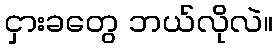
ငှားခတွေ ဘယ်လိုလဲ။